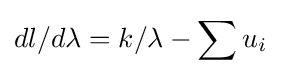
dl/d\lambda =k/\lambda -\sum {u_{i}}